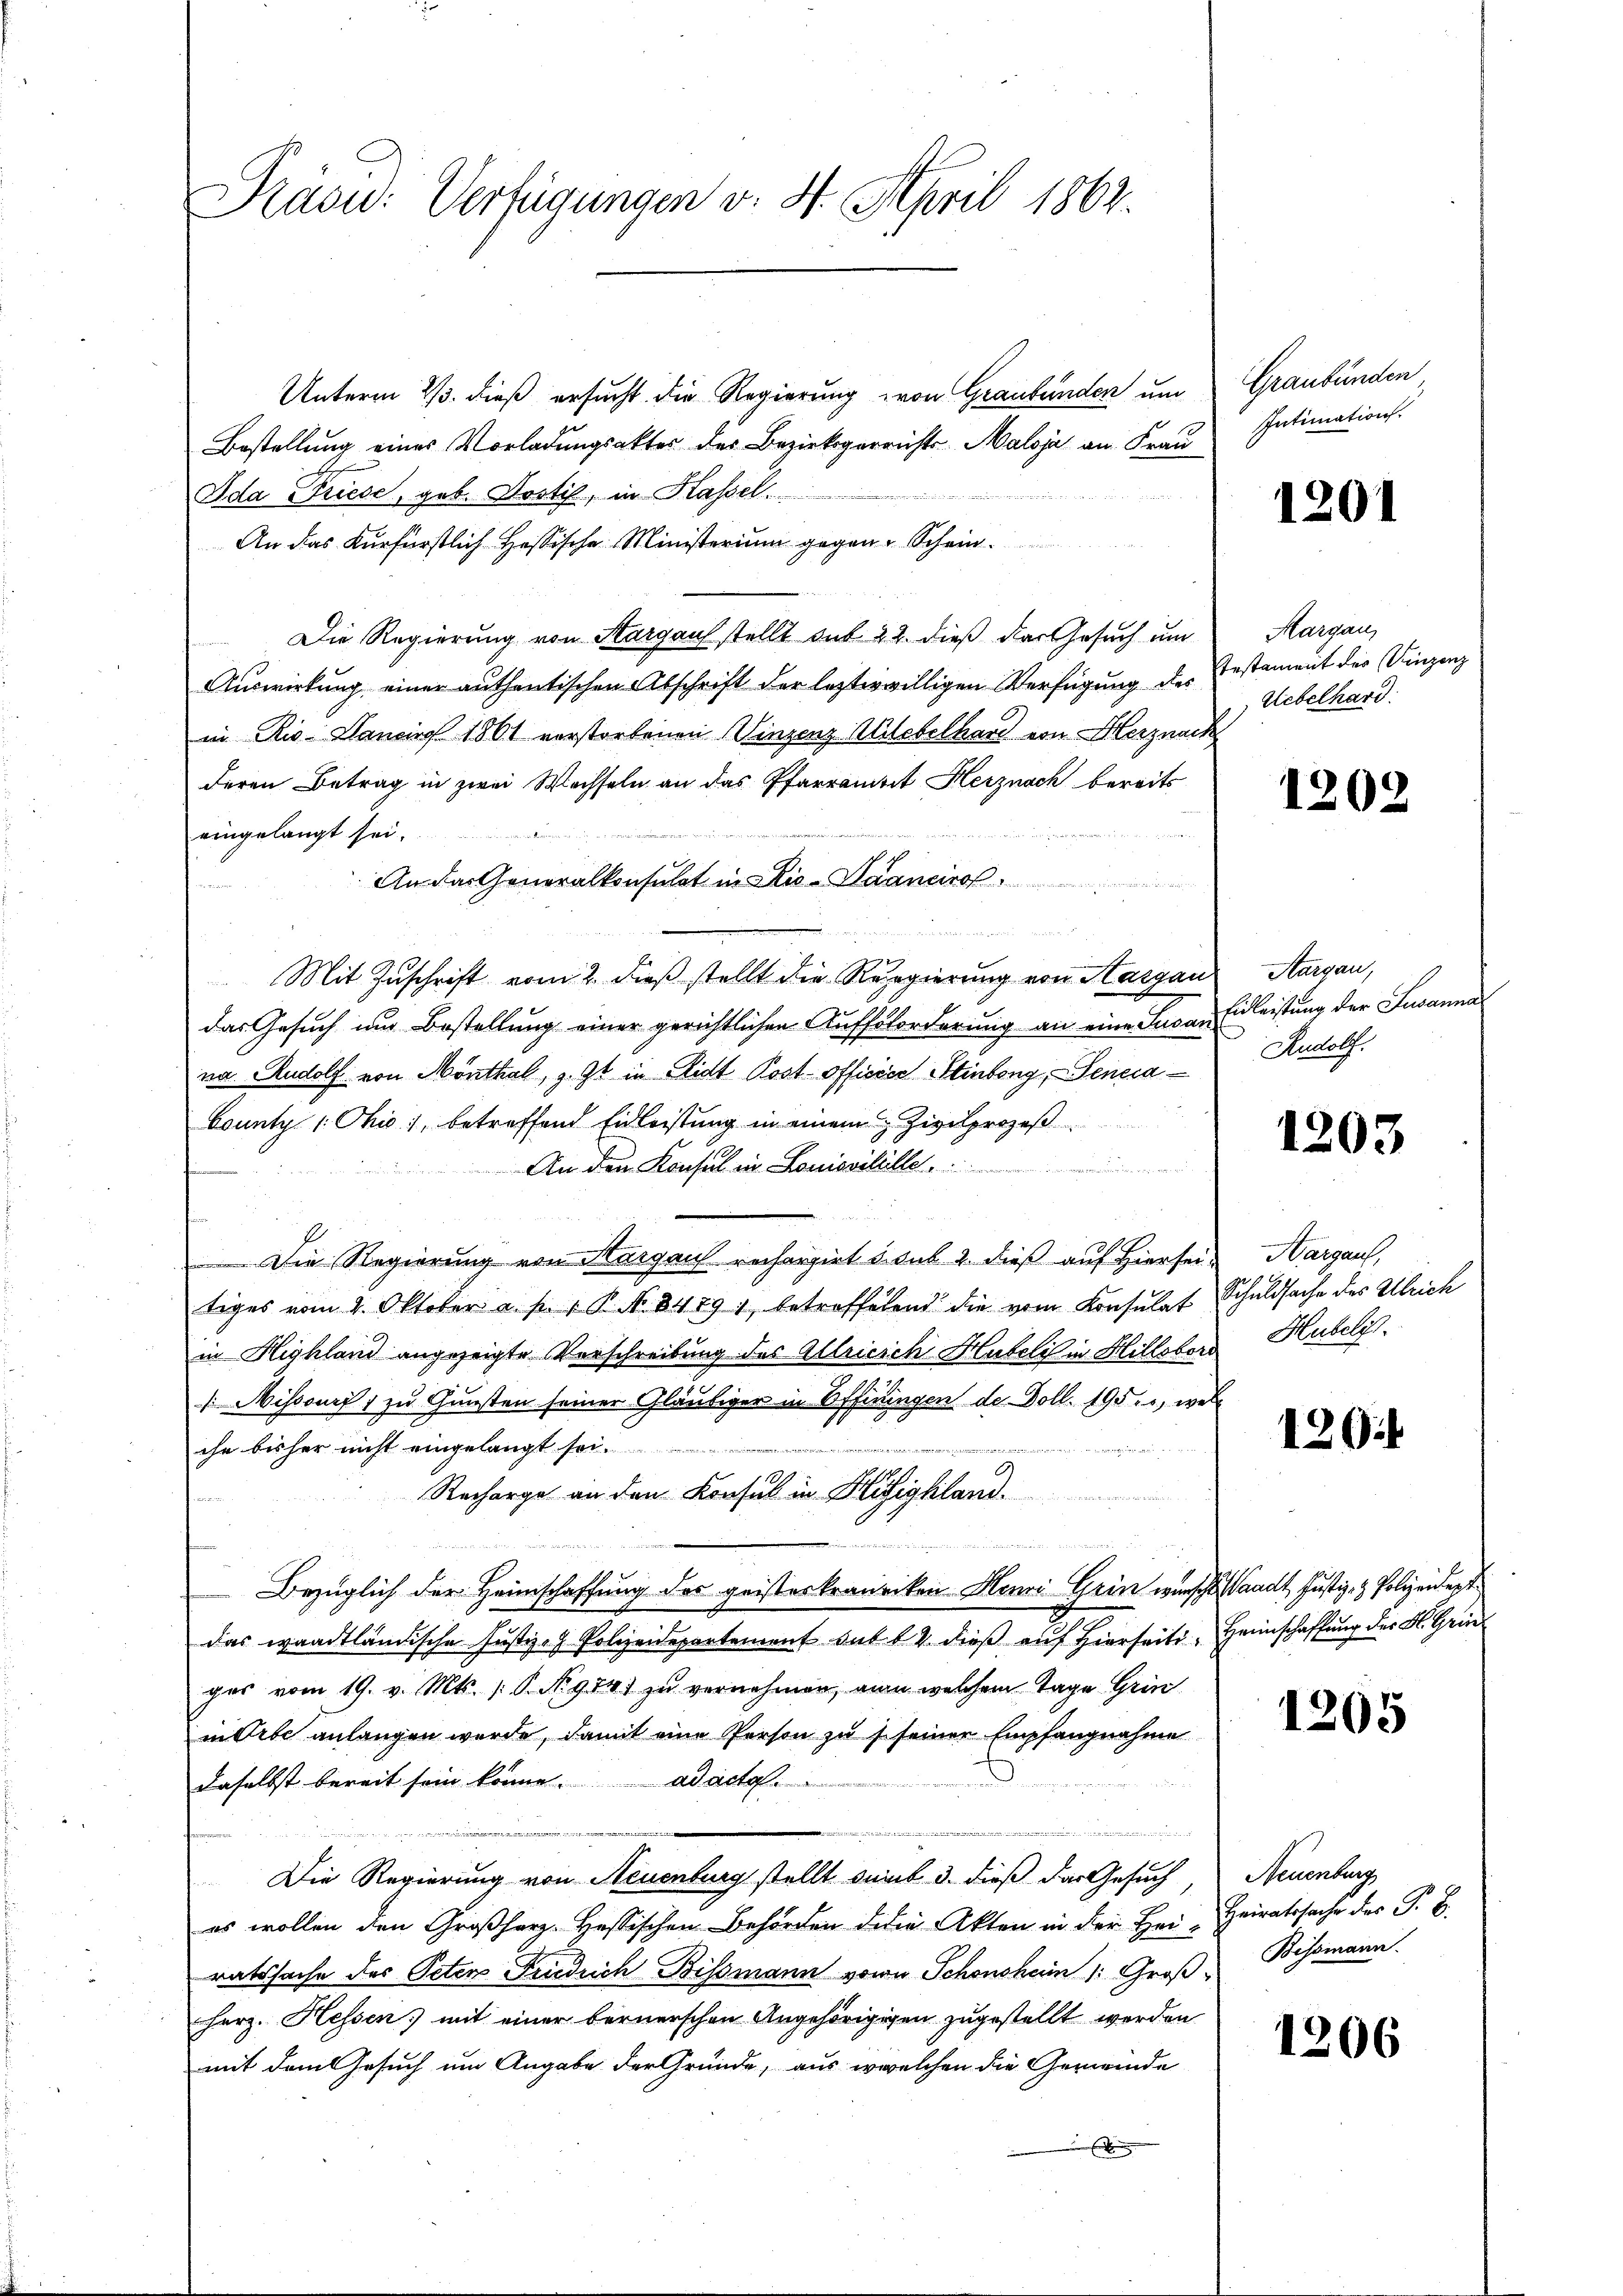
Präsid. Verfügungen v. 4. April 1862.

Unterm 23. dieß ersucht die Regierung von Graubünden um
Bestellung eines Vorladungsakter des Bezirksgerrichts-Maloja an Frau
Ida Friese, geb. Drotis, in Hassel.
An das Kurfürstlich Hofsische Ministerium gegen Schein¬
Die Regierung von Aargaus stellt sub 22. dieß der Gesuch um Margau,
Auswirkung einer authentischen Abschrift der lezterwilligen Verfügung des Gestament des Vinzenz
in Rio. Dancirs 1861 verstorbenen Vinzenz Ulebelhard von Herznack
deren Betrag in zwei Wechseln an das Pfarrantit Herznach bereits

eingelangt sei.
An das Generalkonsulat in Dis-Saancirof
Mit Zuschrift vom 2. dieß stellt die Regierung von Aargau, Aargau,
das Gesuch und Bestellung einer gerichtlichen Aufforderung an eine Susan
na Rudolf von Mönthal, z. Zt. in Lidt Post officier Stinbong, Sencia¬
County 1. Chio 1, betreffend Eidleistung in einem Zivilprozeß
An den Konsul in Louisvillle
Die Regierung von Hargaus rechargirt 5. sub. 2. dieß auf Hierseitiges vom 2. Oktober a. p. 1 P. N. 84891 betreffetend die vom Konsulat
in Highland angezeigte Verschreibung des Alleicich Hubeli in Hillobord
[Mihsourz zu Gunsten seiner Gläubiger in Offiringen de Doll. 195, wel
che bisher nicht eingelangt sei.

Recharge an den Konsul in Hitzighland.
Bezüglich der Heimschaffung des geisteskranriken Henri Grin wünschtaadt, Justiz- & Polizeidert
das waadtländische Justiz- Polizeidepartement sub 14 dieß auf Hierseiti
ges vom 19. v. Mts. (T. No 974) zu vernehmen, man welchem Tage Grinin Orte anlangen wurde, damit eine Person zu s seiner Empfangnahme
daselbst bereit sein könne. ad acta.
Die Regierung von Neuenburg stellt suit 3. dieß das Gesuch,
es wollen den Großherz-Hessischen Behörden die Akten in der Heiratssache des Peter Friedrich Bissmann von Schönsheim 1. Groß. Bissmann.
herz. Hessen mit einer bernerschen Angehörigigen zugestellt werden
mit dem Gesuch um Angabe der Gründe, aus welchen die Gemeinde

Graubünden
Intimations.

1201

Uebelhard.

1202

Einleistung der Susanna
Rudolf.

1203

Hargaus,
Schuldsache des Ulrich
Hubelis.

120

Heimschaffung der Sl. Grie

1205

Neuenburg
Heiratssache des P. B.

1206